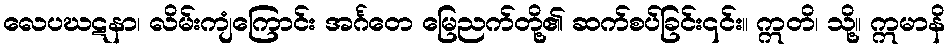
လေပဃဋနာ၊ လိမ်းကျံကြောင်း အင်္ဂတေ မြေညက်တို့၏ ဆက်စပ်ခြင်း၎င်း။ ဣတိ၊ သို့။ ဣမာနိ